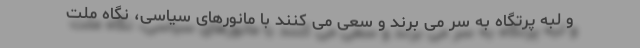
و لبه پرتگاه به سر می برند و سعی می کنند با مانورهای سیاسی، نگاه ملت